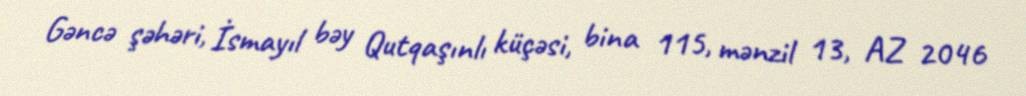
Gəncə şəhəri, İsmayıl bəy Qutqaşınlı küçəsi, bina 115, mənzil 13, AZ 2046